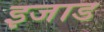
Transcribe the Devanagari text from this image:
इजाड